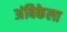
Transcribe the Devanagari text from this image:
अंबिकेला